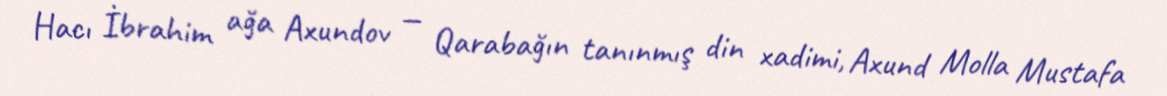
Hacı İbrahim ağa Axundov — Qarabağın tanınmış din xadimi, Axund Molla Mustafa